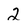
Character: 2